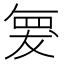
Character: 𮊆